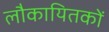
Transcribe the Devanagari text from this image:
लौकायितकों